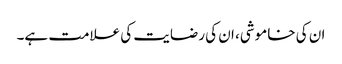
ان کی خاموشی، ان کی رضایت کی علامت ہے۔